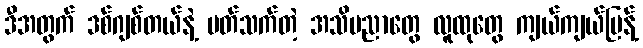
ဒီအတွက် ဒစ်ဂျစ်တယ်နဲ့ ပတ်သက်တဲ့ အသိပညာတွေ လူထုတွေ ကျယ်ကျယ်ပြန့်